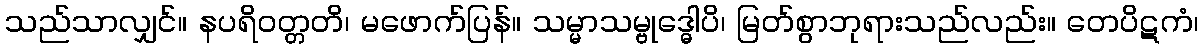
သည်သာလျှင်။ နပရိဝတ္တတိ၊ မဖောက်ပြန်။ သမ္မာသမ္ဗုဒ္ဓေါပိ၊ မြတ်စွာဘုရားသည်လည်း။ တေပိဋကံ၊